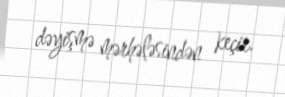
dəyişmə mərhələsindən keçir.